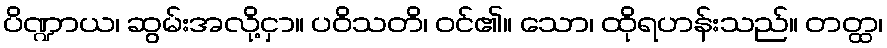
ပိဏ္ဍာယ၊ ဆွမ်းအလို့ငှာ။ ပဝိသတိ၊ ဝင်၏။ သော၊ ထိုရဟန်းသည်။ တတ္ထ၊